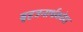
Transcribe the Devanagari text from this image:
बृहत्रनार्थकोश